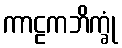
ကာဠကဘိက္ခုံ